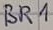
Text: BR1